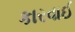
કારવાઈ